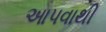
આપવાથી